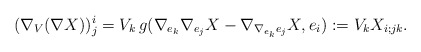
\begin{align*} (\nabla_V (\nabla X) )^i_j = V_k\, g(\nabla_{e_k} \nabla_{e_j} X - \nabla_{\nabla_{e_k} e_j} X, e_i ):= V_k X_{i;jk}.\end{align*}